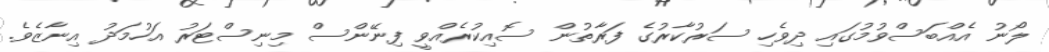
ލޯނު އެއްބަސްވުމުގައި ދިވެހި ސަރުކާރުގެ ފަރާތުން ސޮއިކުރެއްވީ ފިނޭންސް މިނިސްޓަރު އަހުމަދު އިނާޒެވެ.